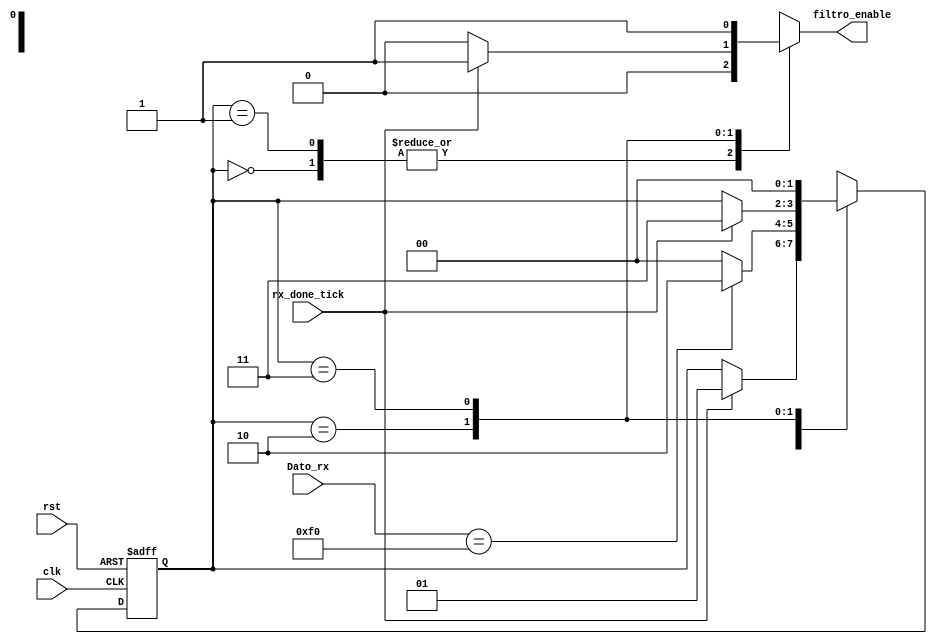
`timescale 1ns / 1ps
//////////////////////////////////////////////////////////////////////////////////
// Company: Tecnolgico Costa Rica
// 
// Design Name: 
// Module Name:    FiltroTecla
// Project Name: 
// Target Devices: 
// Tool versions: 
// Description: 
//
// Dependencies: 
//
// Revision: 
// Revision 0.01 - File Created
// Additional Comments: 
//
//////////////////////////////////////////////////////////////////////////////////

module FiltroTecla(
	//Dato entrante del teclado
	input wire [7:0] Dato_rx,
	//Seal de nuevo dato entrante
	input wire rx_done_tick,
	//Seal clk y rst
	input wire clk,rst,
	//Seal de permiso a leer
	output reg filtro_enable
    );
//se declaran los estados y sus valores iniciales
localparam [1:0]
	idle = 2'h0,
	f0 = 2'h1,
	espera = 2'h2,
	leer = 2'h3;

	reg [1:0] filtro_reg, filtro_sig;
	
	always@(posedge clk, posedge rst)
	begin
		if(rst)
			filtro_reg <=0;
		else
			filtro_reg <= filtro_sig;
	end

	always@*
	begin
		filtro_sig = filtro_reg;
		filtro_enable = 1'b0;
		case(filtro_reg)
			idle:
				if(rx_done_tick)//espera a que el teclado envie el mensaje de mensaje enviado para empezar la maquina
					filtro_sig = f0;
			f0:
				if(Dato_rx==8'hf0)//revisa si el dato que ingresa corresponde a un f0 en hexadecimal 
					filtro_sig = espera;//si se cumple la condicion se avanza al estado de espera
				else
					filtro_sig = idle;//si no se cumple se regresa al estado de idle
			espera:
				if(rx_done_tick)//espera que llegue de nuevo el aviso desde el teclado que se envio un codigo de tecla
				begin
					//de darse la condicion se avanza al estado de leer  el dato de tecla que entro
					//luego envia un bit en alto para el enable
					filtro_sig = leer;
					filtro_enable = 1'b1;
				end
			leer:
			begin
				//habilita el mdulo siguiente 
				filtro_enable = 1'b1;
				filtro_sig = idle;
			end	
		endcase
	end

endmodule